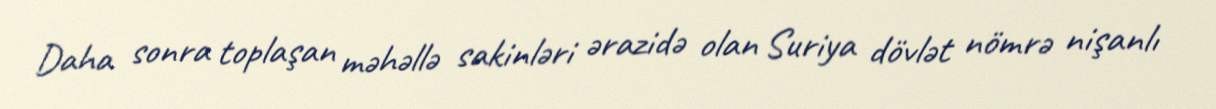
Daha sonra toplaşan məhəllə sakinləri ərazidə olan Suriya dövlət nömrə nişanlı